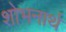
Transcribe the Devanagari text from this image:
शोभनार्थ